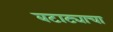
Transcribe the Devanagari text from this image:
बटाट्याचा